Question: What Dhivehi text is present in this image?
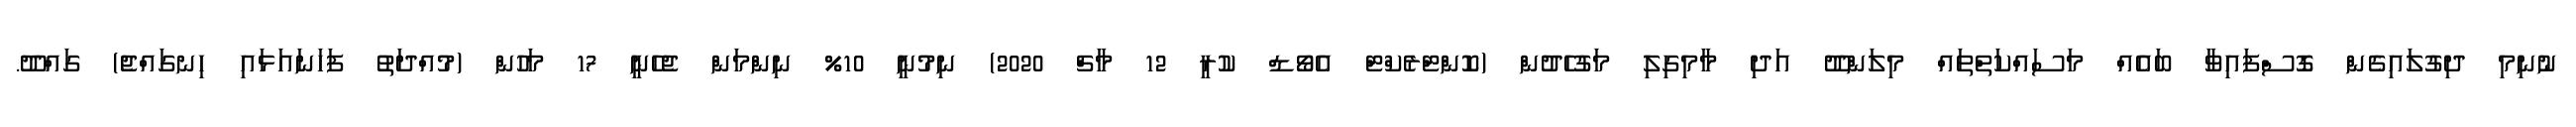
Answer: ނުނިމި ދިގުލައިގެން ގޮސްފައިވާ ބައެއް މަސައްކަތްތައް މިލަންދޫ އަދި މާމިގިލި މަގުހެދުން (ކޮންޓްރެކްޓް އެވޯޑް ކުރީ 12 މާޗް 2020) ނިމުނީ 10% ނިންމަން ޖެހެނީ 17 މަހުން (މުއްދަތު ފަހަނައަޅައި ހިނގައްޖެ) ގައްދޫ.